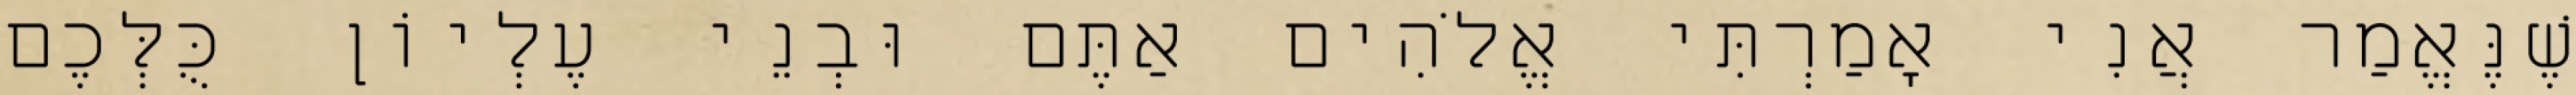
שֶׁנֶּאֱמַר אֲנִי אָמַרְתִּי אֱלֹהִים אַתֶּם וּבְנֵי עֶלְיוֹן כֻּלְּכֶם